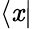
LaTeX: \langle\mathit{x}|